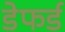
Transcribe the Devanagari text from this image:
डेफर्ड